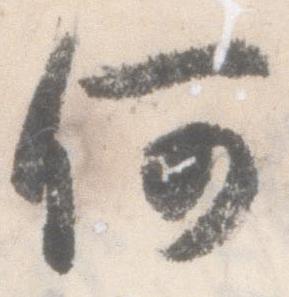
何